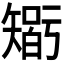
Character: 𥏼